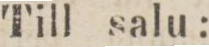
Till salu: